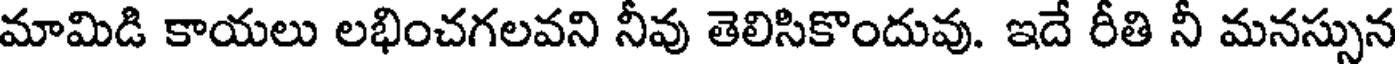
మామిడి కాయలు లభించగలవని నీవు తెలిసికొందువు. ఇదే రీతి నీ మనస్సున